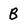
Character: B